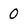
Character: 0